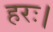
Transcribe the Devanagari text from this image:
हरः।